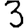
Digit: 3